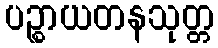
ပဉ္စာယတနသုတ္တ